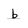
Character: b